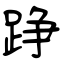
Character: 踭